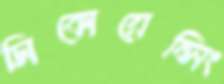
সিকোয়েন্সিং